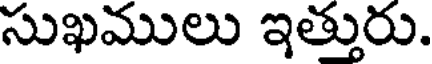
సుఖములు ఇత్తురు.